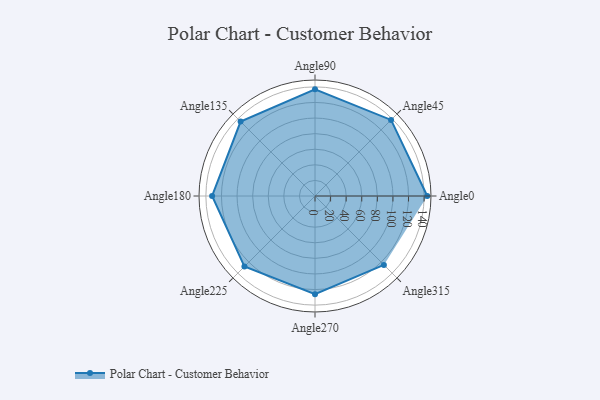
{"axis": {"x": "Angle", "y": "Radius"}, "legend": [""], "data": [{"x": "Angle0", "y": 144.0, "type": ""}, {"x": "Angle45", "y": 138.0, "type": ""}, {"x": "Angle90", "y": 137.0, "type": ""}, {"x": "Angle135", "y": 135.0, "type": ""}, {"x": "Angle180", "y": 132.0, "type": ""}, {"x": "Angle225", "y": 128.0, "type": ""}, {"x": "Angle270", "y": 126.0, "type": ""}, {"x": "Angle315", "y": 125.0, "type": ""}]}